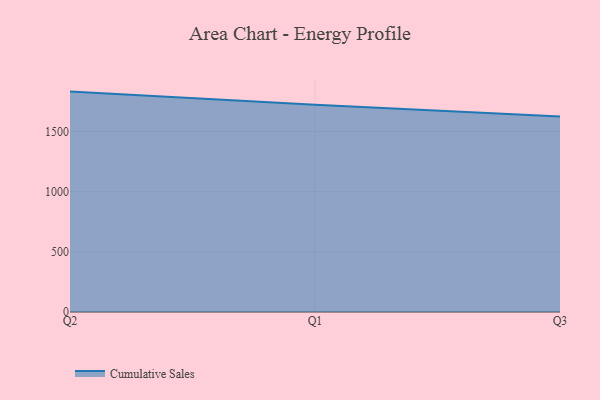
{"axis": {"x": "Quarter", "y": "Backlog"}, "legend": ["Cumulative Sales"], "data": [{"x": "Q2", "y": 1832.4, "type": "Cumulative Sales"}, {"x": "Q1", "y": 1723.8, "type": "Cumulative Sales"}, {"x": "Q3", "y": 1624.9, "type": "Cumulative Sales"}]}